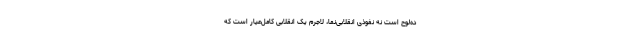
ده‌لوح است نه نفوذیِ انقلابی‌نما، لاجرم یک انقلابی کامل‌عیار است که